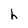
Character: h